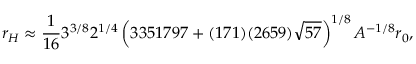
r _ { H } \approx \frac { 1 } { 1 6 } 3 ^ { 3 / 8 } 2 ^ { 1 / 4 } \left( 3 3 5 1 7 9 7 + ( 1 7 1 ) ( 2 6 5 9 ) \sqrt { 5 7 } \right) ^ { 1 / 8 } A ^ { - 1 / 8 } r _ { 0 } ,